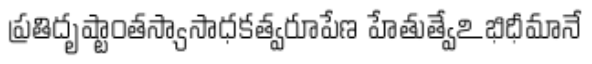
ప్రతిదృష్టాంతస్యాసాధకత్వరూపేణ హేతుత్వేఽభిధీమానే